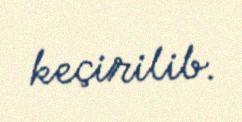
keçirilib.